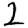
Digit: 2